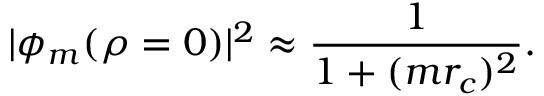
| \phi _ { m } ( \rho = 0 ) | ^ { 2 } \approx \frac { 1 } { 1 + ( m r _ { c } ) ^ { 2 } } .